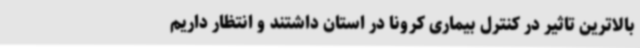
بالاترین تاثیر در کنترل بیماری کرونا در استان داشتند و انتظار داریم